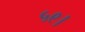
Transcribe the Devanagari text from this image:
५९।